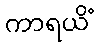
ကာရယိံ